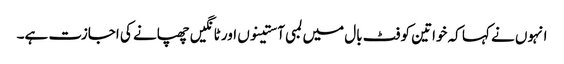
انہوں نے کہا کہ خواتین کو فٹ بال میں لمبی آستینوں اور ٹانگیں چھپانے کی اجازت ہے۔